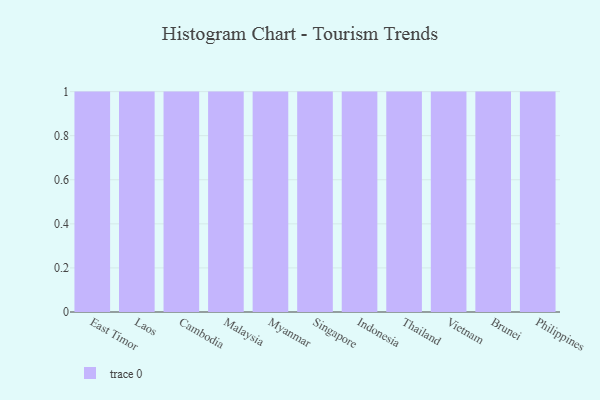
{"axis": {"x": "Country", "y": "Energy Usage (MWh)"}, "legend": [""], "data": [{"x": "East Timor", "y": 92, "type": ""}, {"x": "Laos", "y": 99, "type": ""}, {"x": "Cambodia", "y": 78, "type": ""}, {"x": "Malaysia", "y": 62, "type": ""}, {"x": "Myanmar", "y": 24, "type": ""}, {"x": "Singapore", "y": 56, "type": ""}, {"x": "Indonesia", "y": 42, "type": ""}, {"x": "Thailand", "y": 96, "type": ""}, {"x": "Vietnam", "y": 65, "type": ""}, {"x": "Brunei", "y": 98, "type": ""}, {"x": "Philippines", "y": 21, "type": ""}]}